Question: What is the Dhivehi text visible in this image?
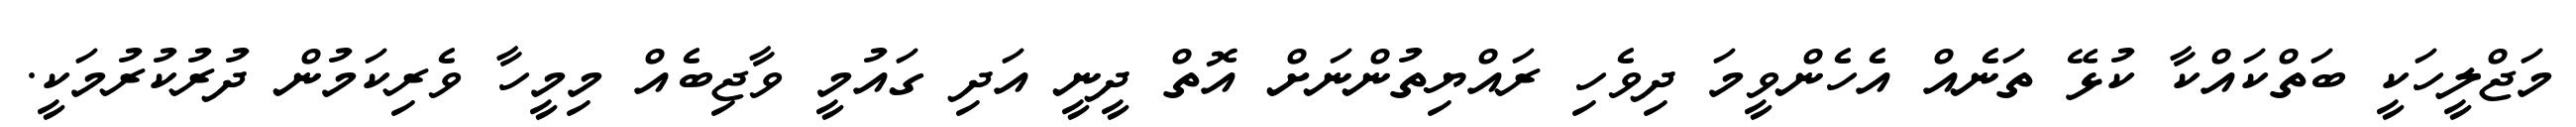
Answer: މަޖްލީހަކީ ބަތްކައްކާ ކުޅޭ ތަނެއް އެހެންވީމަ ދިވެހި ރައްޔިތުންނަށް އޮތް ދީނީ އަދި ގައުމީ ވާޖިބެއް މިމީހާ ވެރިކަމުން ދުރުކުރުމަކީ.